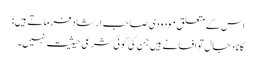
اس کے متعلق مودودی صاحب ارشاد فرماتے ہیں:
کانا دجال تو افسانے ہیں جن کی کوئی شرعی حیثیت نہیں۔